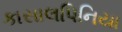
કાસાલપિનિયા